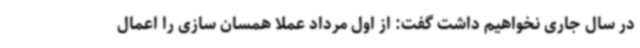
در سال جاری نخواهیم داشت گفت: از اول مرداد عملا همسان سازی را اعمال